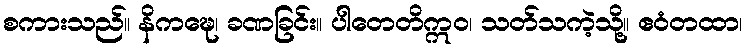
စကားသည်။ နိကဍ္ဎေ၊ ခဏခြင်း။ ပါတေတိဣဝ၊ သတ်သကဲ့သို့။ ဧဝံတထာ၊